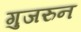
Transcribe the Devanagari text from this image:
गुजरुन